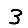
Digit: 3